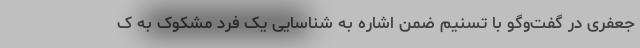
جعفری در گفت‌و‌گو با تسنیم ضمن اشاره به شناسایی یک فرد مشکوک به ک